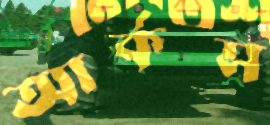
আর্কস